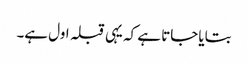
بتایا جاتا ہے کہ یہی قبلہ اول ہے۔